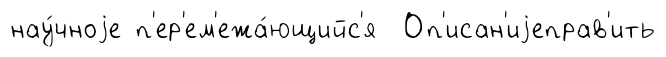
нау́чноjе п'ер'ем'ежа́ющийс'я Оп'исан'иjеправ'ить